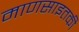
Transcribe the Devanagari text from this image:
माणसाइतकी